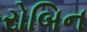
રોબિન